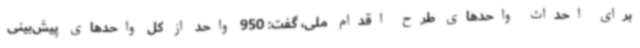
برای احداث واحدهای طرح اقدام ملی، گفت: 950 واحد از کل واحدهای پیش‌بینی